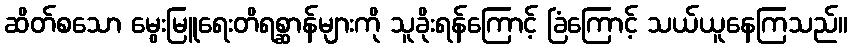
ဆိတ်စသော မွေးမြူရေးတိရစ္ဆာန်များကို သူခိုးရန်ကြောင့် ခြံကြောင့် သယ်ယူနေကြသည်။